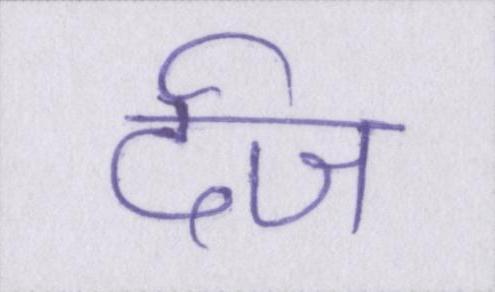
र्दज